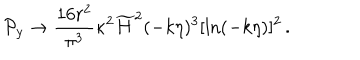
{ \cal P } _ { y } \to { \frac { 1 6 r ^ { 2 } } { \pi ^ { 3 } } } \kappa ^ { 2 } \widetilde { H } ^ { 2 } ( - k \eta ) ^ { 3 } [ \ln ( - k \eta ) ] ^ { 2 } \, .